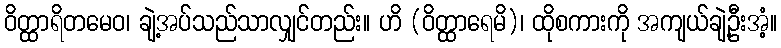
ဝိတ္ထာရိတမေဝ၊ ချဲ့အပ်သည်သာလျှင်တည်း။ ဟိ (ဝိတ္ထာရေမိ)၊ ထိုစကားကို အကျယ်ချဲ့ဦးအံ့။